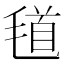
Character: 𣮹